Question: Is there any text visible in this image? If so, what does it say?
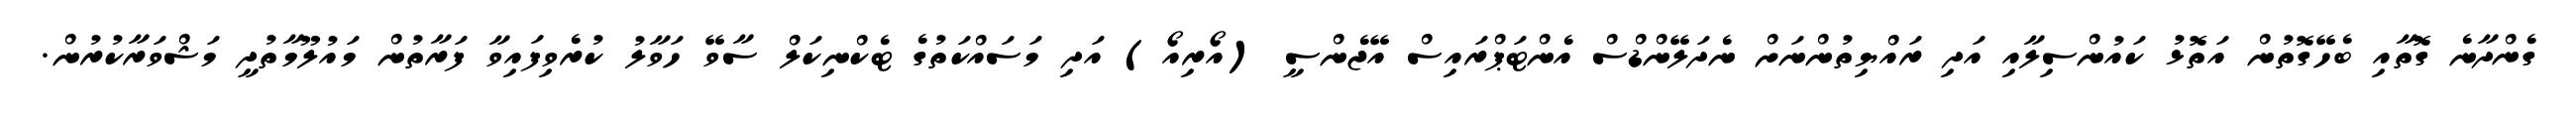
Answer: ގެންދާނެ ގޮތާއި ބެހޭގޮތުން އަތޮޅު ކައުންސިލާއި އަދި ރައްޔިތުންނަށް ނެދަލޭންޑްސް އެންޓަޕްރައިސް އޭޖެންސީ (އޯރިއޯ) އަދި މަސައްކަތުގެ ޓެކްނިކަލް ސާވޭ ހަވާލު ކުރެވިފައިވާ ފަރާތުން މައުލޫމާތުދީ މަޝްވަރާކުރުން.